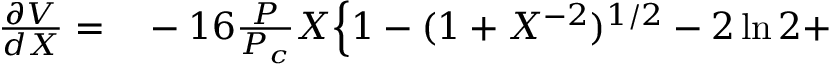
\begin{array} { r l } { \frac { \partial V } { d X } = } & { { } - 1 6 \frac { P } { P _ { c } } X \Big \{ 1 - ( 1 + X ^ { - 2 } ) ^ { 1 / 2 } - 2 \ln { 2 } + } \end{array}